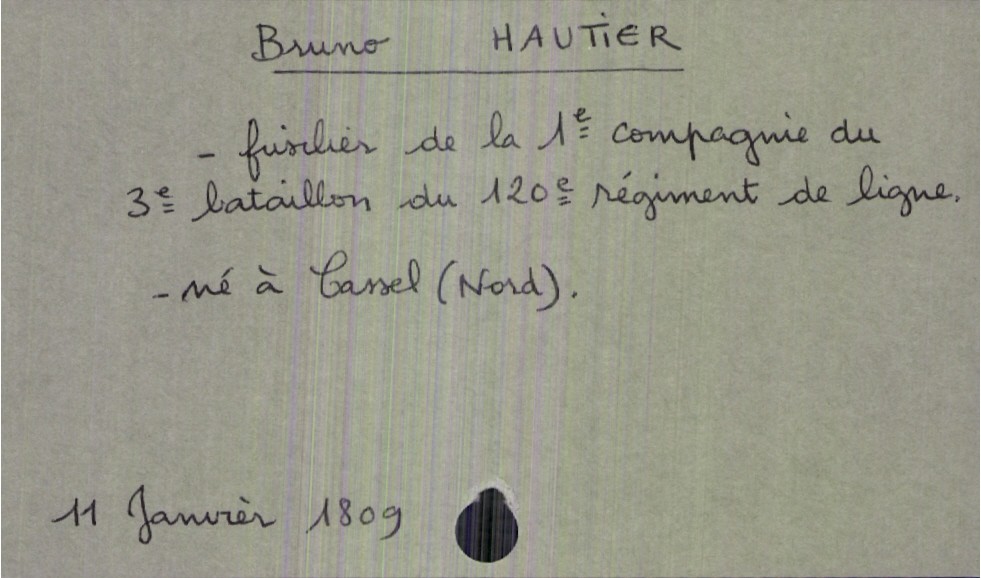
type_acte: Décès
année: 1809
mois: janvier
jour: 11
défunt_nom: Hautier
défunt_prénom: Bruno
défunt_sexe: H
défunt_profession: fusilier de la 1e compagnie du 3e bataillon du 120e régiment de ligne
défunt_lieu_de_naissance: Cassel (Nord)